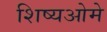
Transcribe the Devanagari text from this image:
शिष्यओमे